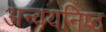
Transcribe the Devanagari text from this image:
अन्वयनिष्ठ